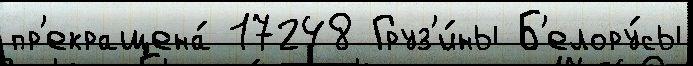
пр'екращена́ 17248 Груз'и́ны Б'елору́сы